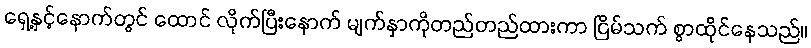
ရှေ့နှင့်နောက်တွင် ထောင် လိုက်ပြီးနောက် မျက်နှာကိုတည်တည်ထားကာ ငြိမ်သက် စွာထိုင်နေသည်။